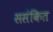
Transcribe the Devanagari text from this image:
ससंकित